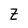
Character: Z